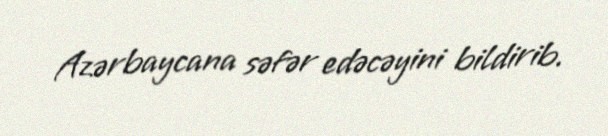
Azərbaycana səfər edəcəyini bildirib.